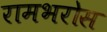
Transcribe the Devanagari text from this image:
रामभरोस